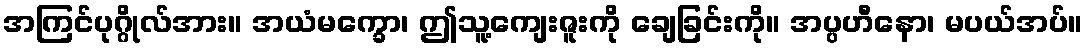
အကြင်ပုဂ္ဂိုလ်အား။ အယံမက္ခော၊ ဤသူ့ကျေးဇူးကို ချေခြင်းကို။ အပ္ပဟီနော၊ မပယ်အပ်။